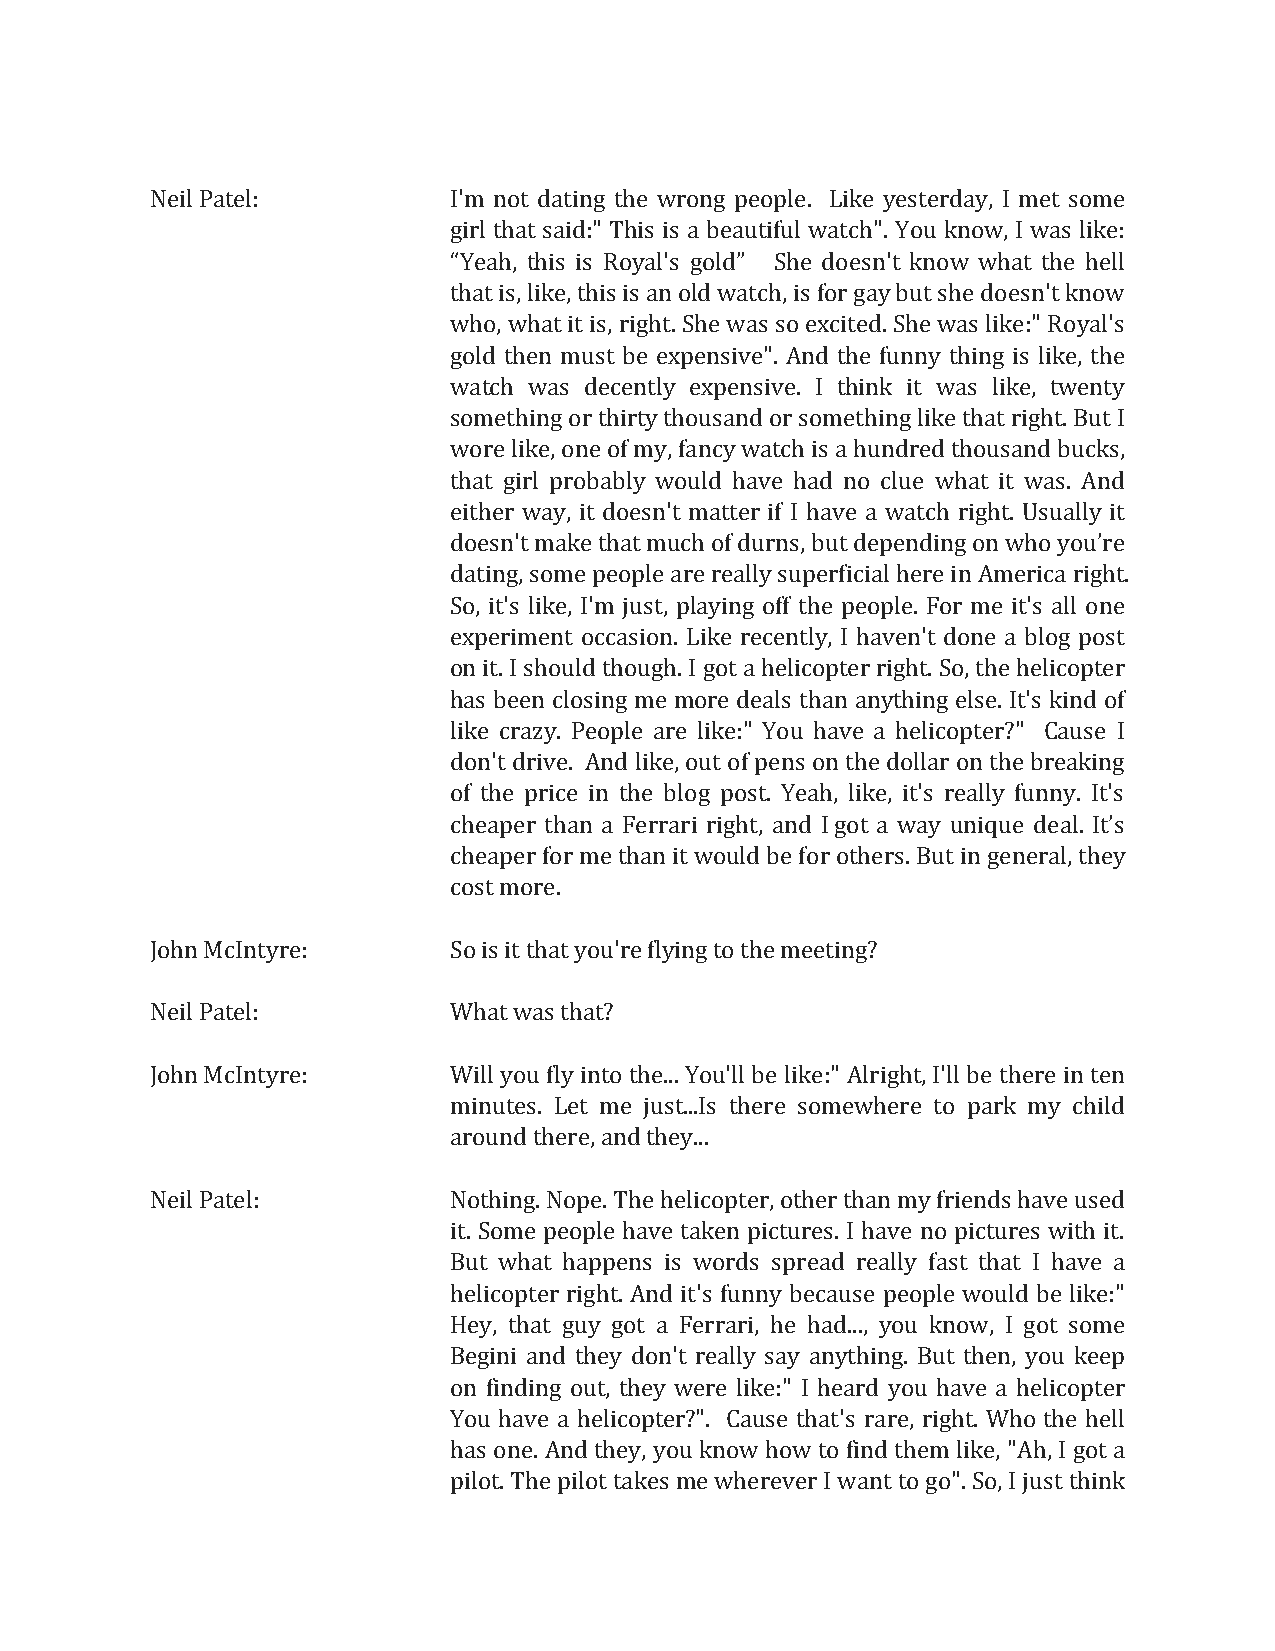
Neil Patel:         I'm not dating the wrong people. Like yesterday, I met some
 girl that said:" This is a beautiful watch". You know, I was like:
 Yeah,                She doesn't know what the hell
 that is, like, this is an old watch, is for gay but she doesn't know
 “    this is Royal's gold”
 who, what it is, right. She was so excited. She was like:" Royal's
 gold then must be expensive". And the funny thing is like, the
 watch was decently expensive. I think it was like, twenty
 something or thirty thousand or something like that right. But I
 wore like, one of my, fancy watch is a hundred thousand bucks,
 that girl probably would have had no clue what it was. And
 either way, it doesn't matter if I have a watch right. Usually it
 doesn't make that much of durns, but depending on
 dating, some people are really superficial here in America right.
 who you’re
 So, it's like, I'm just, playing off the people. For me it's all one
 experiment occasion. Like recently, I haven't done a blog post
 on it. I should though. I got a helicopter right. So, the helicopter
 has been closing me more deals than anything else. It's kind of
 like crazy. People are like:" You have a helicopter?" Cause I
 don't drive. And like, out of pens on the dollar on the breaking
 of the price in the blog post. Yeah, like, it's really funny. It's
 cheaper than a Ferrari right, and I got a way unique deal.
 cheaper for me than it would be for others. But in general, they
 It’s
 cost more.
 John McIntyre:      So is it that you're flying to the meeting?
 Neil Patel:         What was that?
 John McIntyre:      Will you fly into the... You'll be like:" Alright, I'll be there in ten
 minutes. Let me just...Is there somewhere to park my child
 around there, and they...
 Neil Patel:         Nothing. Nope. The helicopter, other than my friends have used
 it. Some people have taken pictures. I have no pictures with it.
 But what happens is words spread really fast that I have a
 helicopter right. And it's funny because people would be like:"
 Hey, that guy got a Ferrari, he had..., you know, I got some
 Begini and they don't really say anything. But then, you keep
 on finding out, they were like:" I heard you have a helicopter
 You have a helicopter?". Cause that's rare, right. Who the hell
 has one. And they, you know how to find them like, "Ah, I got a
 pilot. The pilot takes me wherever I want to go". So, I just think